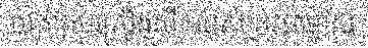
យកគ្រប់គ្រឿងសឹករបស់ព្រះជាម្ចាស់